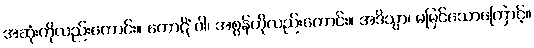
အဆုံးကိုလည်းကောင်း။ ကောဋိံ ဝါ၊ အစွန်ကိုလည်းကောင်း။ အဒိသွာ၊ မမြင်သောကြောင့်။